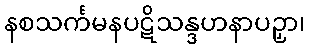
နစသင်္ကမနပဋိသန္ဒဟနာပဉှာ၊